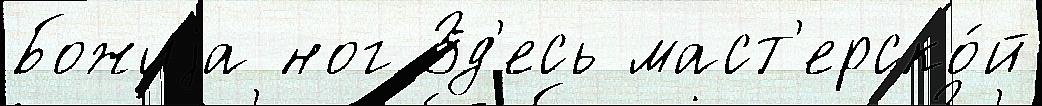
Божиjа ног Зд'есь маст'ерско́й